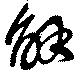
解